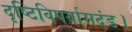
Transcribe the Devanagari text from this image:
दृष्टिविपर्यासदंड।